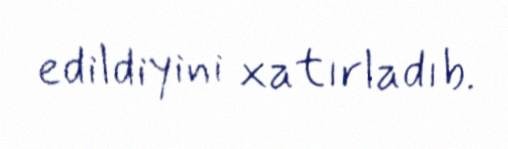
edildiyini xatırladıb.